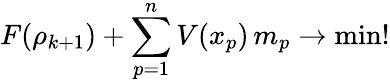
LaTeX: F(\rho_{k+1})+\sum_{p=1}^{n}V(x_{p})\, m_{p}\to\operatorname*{min}!